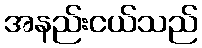
အနည်းငယ်သည်